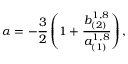
\alpha = - { \frac { 3 } { 2 } } \left( 1 + { \frac { b _ { ( 2 ) } ^ { 1 , 8 } } { a _ { ( 1 ) } ^ { 1 , 8 } } } \right) ,